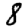
Digit: 8